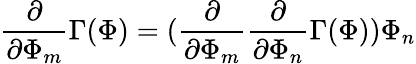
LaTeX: \frac{\partial}{\partial\Phi_{m}}\Gamma(\Phi)=(\frac{\partial}{\partial\Phi_{m}}\frac{\partial}{\partial\Phi_{n}}\Gamma(\Phi))\Phi_{n}